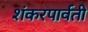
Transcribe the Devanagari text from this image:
शंकरपार्वती